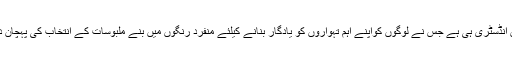
یہ فیشن انڈسٹری ہی ہے جس نے لوگوں کواپنے اہم تہواروں کو یادگار بنانے کیلئے منفرد رنگوں میں بنے ملبوسات کے انتخاب کی پہچان دی ہے۔